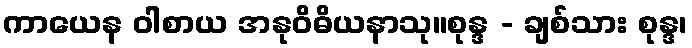
ကာယေန ဝါစာယ အနုဝိဓိယနာသု။စုန္ဒ - ချစ်သား စုန္ဒ၊